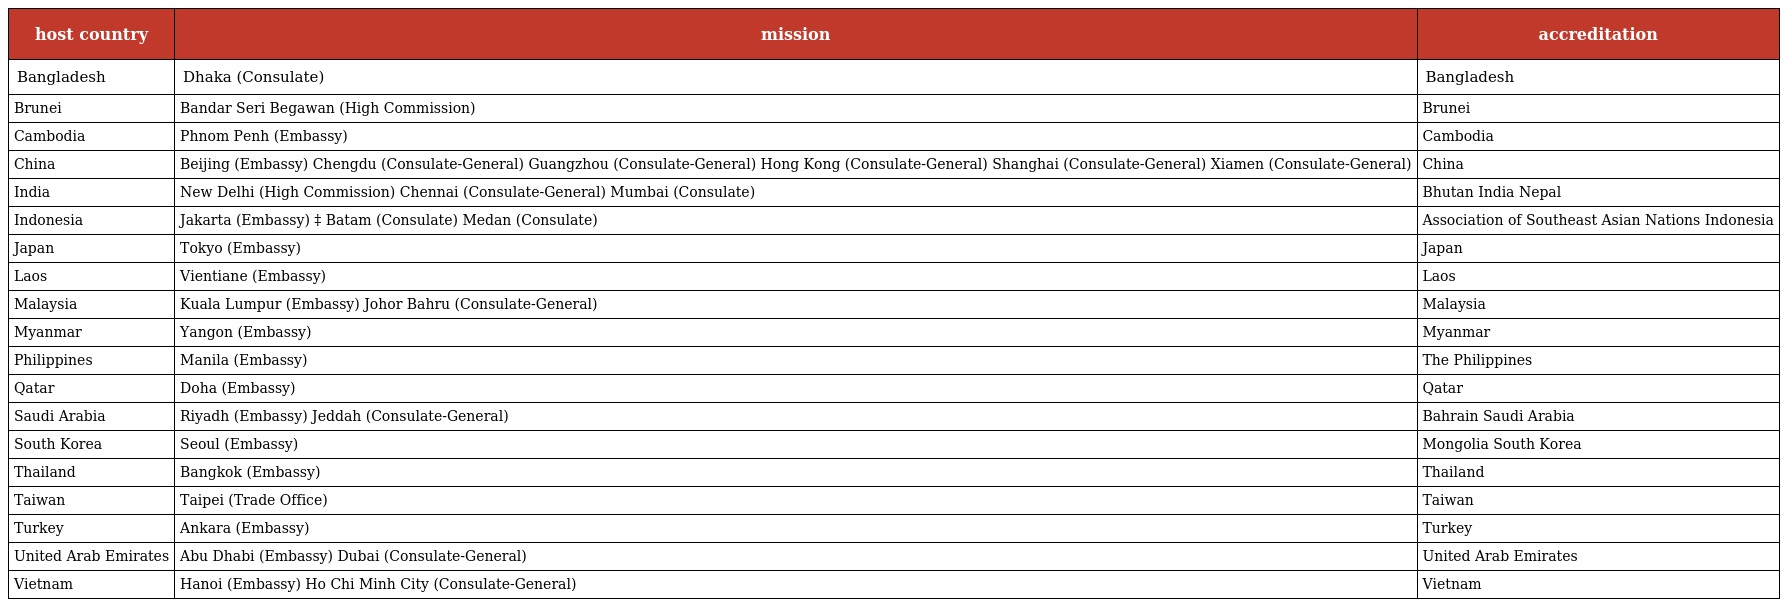
| host country | mission | accreditation |
 | --- | --- | --- |
 | Bangladesh | Dhaka (Consulate) | Bangladesh |
 | Brunei | Bandar Seri Begawan (High Commission) | Brunei |
 | Cambodia | Phnom Penh (Embassy) | Cambodia |
 | China | Beijing (Embassy) Chengdu (Consulate-General) Guangzhou (Consulate-General) Hong Kong (Consulate-General) Shanghai (Consulate-General) Xiamen (Consulate-General) | China |
 | India | New Delhi (High Commission) Chennai (Consulate-General) Mumbai (Consulate) | Bhutan India Nepal |
 | Indonesia | Jakarta (Embassy) ‡ Batam (Consulate) Medan (Consulate) | Association of Southeast Asian Nations Indonesia |
 | Japan | Tokyo (Embassy) | Japan |
 | Laos | Vientiane (Embassy) | Laos |
 | Malaysia | Kuala Lumpur (Embassy) Johor Bahru (Consulate-General) | Malaysia |
 | Myanmar | Yangon (Embassy) | Myanmar |
 | Philippines | Manila (Embassy) | The Philippines |
 | Qatar | Doha (Embassy) | Qatar |
 | Saudi Arabia | Riyadh (Embassy) Jeddah (Consulate-General) | Bahrain Saudi Arabia |
 | South Korea | Seoul (Embassy) | Mongolia South Korea |
 | Thailand | Bangkok (Embassy) | Thailand |
 | Taiwan | Taipei (Trade Office) | Taiwan |
 | Turkey | Ankara (Embassy) | Turkey |
 | United Arab Emirates | Abu Dhabi (Embassy) Dubai (Consulate-General) | United Arab Emirates |
 | Vietnam | Hanoi (Embassy) Ho Chi Minh City (Consulate-General) | Vietnam |